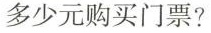
多少元购买门票？